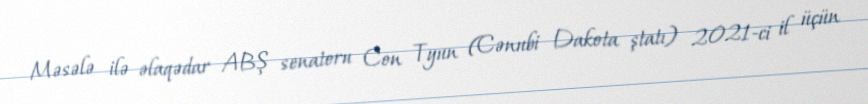
Məsələ ilə əlaqədar ABŞ senatoru Con Tyun (Cənubi Dakota ştatı) 2021-ci il üçün